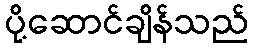
ပို့ဆောင်ချိန်သည်